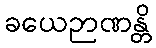
ခယေဉာဏန္တိ